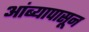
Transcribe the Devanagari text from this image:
आंब्यापासून